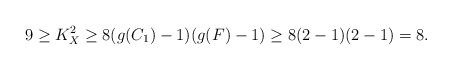
\begin{align*}9\ge K_X^2\ge 8(g(C_1)-1)(g(F)-1)\ge 8(2-1)(2-1)=8.\end{align*}